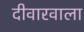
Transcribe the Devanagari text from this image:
दीवारवाला